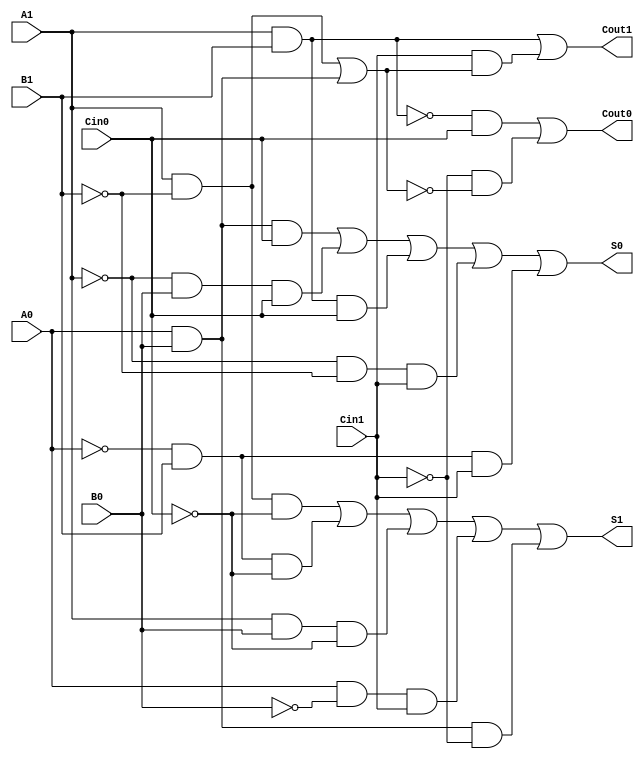
module dual_rail_full_adder (
    input wire A1, A0,    // Dual-rail representation of A
    input wire B1, B0,    // Dual-rail representation of B
    input wire Cin1, Cin0, // Dual-rail representation of Carry Input
    output wire S1, S0,    // Dual-rail representation of Sum Output
    output wire Cout1, Cout0 // Dual-rail representation of Carry Output
);

// Intermediate signals for the logic
wire A = A1 & ~A0; // A = 1 if A1 is high and A0 is low
wire B = B1 & ~B0; // B = 1 if B1 is high and B0 is low
wire Cin = Cin1 & ~Cin0; // Cin = 1 if Cin1 is high and Cin0 is low

// Sum output logic (S = A XOR B XOR Cin)
assign S1 = (A1 & ~B1 & ~Cin0) | (~A0 & B1 & ~Cin0) | (A1 & B0 & ~Cin0) | (A0 & ~B0 & Cin1) | (A0 & B0 & ~Cin1);
assign S0 = (A0 & B0 & Cin0) | (~A1 & B0 & Cin0) | (A1 & B1 & Cin0) | (~A1 & ~B1 & Cin1) | (~A0 & B1 & Cin1);

// Carry output logic (Cout = (A AND B) OR (Cin AND (A XOR B)))
wire A_and_B = A1 & B1; // A AND B
wire A_xor_B = (A1 & ~B1) | (A0 & B0); // A XOR B

assign Cout1 = A_and_B | (Cin1 & A_xor_B);
assign Cout0 = (~A_and_B & Cin0) | (~Cin1 & ~A_xor_B);

// Fault tolerance checks (valid states)
// Ensure that the inputs do not represent an invalid state
wire valid_A = (A1 & ~A0) | (~A1 & A0); // A is valid
wire valid_B = (B1 & ~B0) | (~B1 & B0); // B is valid
wire valid_Cin = (Cin1 & ~Cin0) | (~Cin1 & Cin0); // Cin is valid

// Optional: You can add assertions or additional signals to indicate invalid states as necessary

endmodule